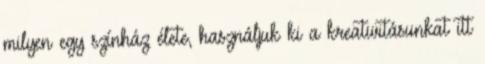
milyen egy színház élete, használjuk ki a kreativitásunkat itt